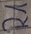
Text: R1